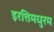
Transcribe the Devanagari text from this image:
इरत्तिमधुरम